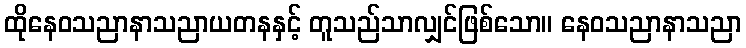
ထိုနေဝသညာနာသညာယတနနှင့် တူသည်သာလျှင်ဖြစ်သော။ နေဝသညာနာသညာ